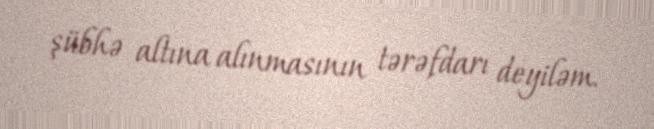
şübhə altına alınmasının tərəfdarı deyiləm.